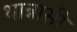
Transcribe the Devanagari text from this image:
थान्नासी